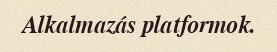
Alkalmazás platformok.